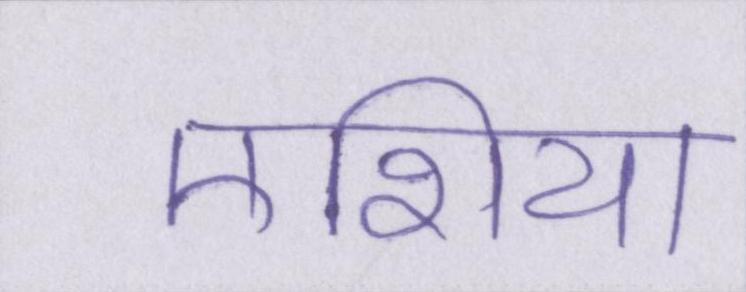
एशिया